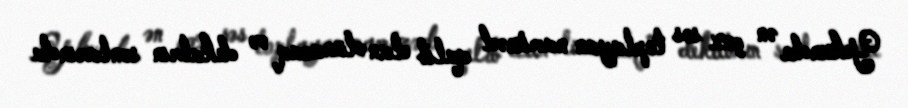
Yekunda ən çox səs toplayan namizəd qalib elan olunacaq və dekabrın sonlarında